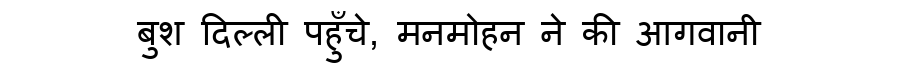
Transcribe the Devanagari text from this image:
बुश दिल्ली पहुँचे, मनमोहन ने की आगवानी